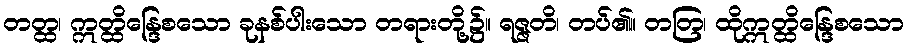
တတ္ထ၊ ဣတ္ထိန္ဒြေစသော ခုနစ်ပါးသော တရားတို့၌။ ရဇ္ဇတိ၊ တပ်၏။ တတြ၊ ထိုဣတ္ထိန္ဒြေစသော